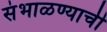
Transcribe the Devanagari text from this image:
संभाळण्याची